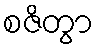
စဇိတွာ